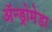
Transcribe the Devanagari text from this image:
अॅन्ड्रोमेडा